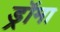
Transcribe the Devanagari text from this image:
ड्रॉमा